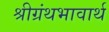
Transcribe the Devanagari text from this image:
श्रीग्रंथभावार्थ